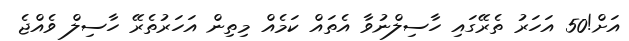
އަށް!50 އަހަރު ތެރޭގައި ހާސިލްނުވާ އެތައް ކަމެއް މިތިން އަހަރުތެރޭ ހާސިލް ވެއްޖެ